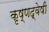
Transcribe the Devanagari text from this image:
कृष्णद्वेषी